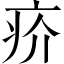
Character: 疥